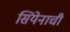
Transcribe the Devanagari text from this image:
सियेनाची